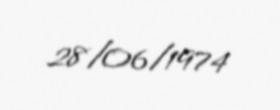
28/06/1974